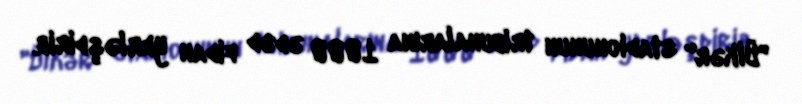
"Ülkər" stadionunun tribunalarına 1000 ədəd fidan yerləşdirib.